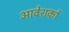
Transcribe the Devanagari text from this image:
आवेशकों